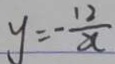
y = - \frac { 1 2 } { x }